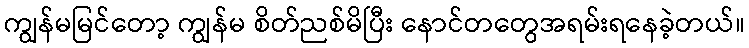
ကျွန်မမြင်တော့ ကျွန်မ စိတ်ညစ်မိပြီး နောင်တတွေအရမ်းရနေခဲ့တယ်။